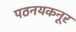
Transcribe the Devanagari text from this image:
पठनयकनूर